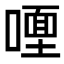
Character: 𭊩